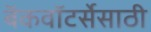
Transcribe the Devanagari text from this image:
बॅकवॉटर्सेसाठी